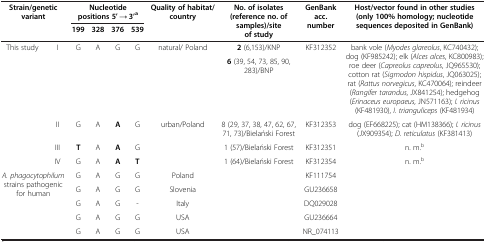
<table><thead><tr><td rowspan="2" colspan="2"><b>Strain/genetic variant</b></td><td colspan="4"><b>Nucleotide positions 5’ → 3’<sup>a</sup></b></td><td rowspan="2"><b>Quality of habitat/country</b></td><td rowspan="2"><b>No. of isolates (reference no. of samples)/site of study</b></td><td rowspan="2"><b>GenBank acc. number</b></td><td rowspan="2"><b>Host/vector found in other studies (only 100% homology; nucleotide sequences deposited in GenBank)</b></td></tr><tr><td><b>199</b></td><td><b>328</b></td><td><b>376</b></td><td><b>539</b></td></tr></thead><tbody><tr><td rowspan="5">This study</td><td rowspan="2">I</td><td rowspan="2">G</td><td rowspan="2">A</td><td rowspan="2">G</td><td rowspan="2">G</td><td rowspan="2">natural/ Poland</td><td><b>2</b> (6,153)/KNP</td><td rowspan="2">KF312352</td><td rowspan="2">bank vole (<i>Myodes glareolus</i>, KC740432); dog (KF985242); elk (<i>Alces alces</i>, KC800983); roe deer (<i>Capreolus capreolus</i>, JQ965530); cotton rat (<i>Sigmodon hispidus</i>, JQ063025); rat (<i>Rattus norvegicus</i>, KC470064); reindeer (<i>Rangifer tarandus</i>, JX841254); hedgehog (<i>Erinaceus europaeus</i>, JN571163); <i>I. ricinus</i> (KF481930), <i>I. trianguliceps</i> (KF481934)</td></tr><tr><td><b>6</b> (39, 54, 73, 85, 90, 283)/BNP</td></tr><tr><td>II</td><td>G</td><td>A</td><td><b>A</b></td><td>G</td><td rowspan="3">urban/Poland</td><td>8 (29, 37, 38, 47, 62, 67, 71, 73)/Bielański Forest</td><td>KF312353</td><td>dog (EF668225); cat (HM138366); <i>I. ricinus</i> (JX909354); <i>D. reticulatus</i> (KF381413)</td></tr><tr><td>III</td><td><b>T</b></td><td>A</td><td><b>A</b></td><td>G</td><td>1 (57)/Bielański Forest</td><td>KF312351</td><td>n. m.<sup>b</sup></td></tr><tr><td>IV</td><td>G</td><td>A</td><td><b>A</b></td><td><b>T</b></td><td>1 (64)/Bielański Forest</td><td>KF312354</td><td>n. m.<sup>b</sup></td></tr><tr><td rowspan="5" colspan="2"><i>A. phagocytophilum</i> strains pathogenic for human</td><td>G</td><td>A</td><td>G</td><td>G</td><td>Poland</td><td rowspan="5"> </td><td>KF111754</td><td rowspan="5"> </td></tr><tr><td>G</td><td>A</td><td>G</td><td>G</td><td>Slovenia</td><td>GU236658</td></tr><tr><td>G</td><td>A</td><td>G</td><td>-</td><td>Italy</td><td>DQ029028</td></tr><tr><td>G</td><td>A</td><td>G</td><td>G</td><td>USA</td><td>GU236664</td></tr><tr><td>G</td><td>A</td><td>G</td><td>G</td><td>USA</td><td>NR_074113</td></tr></tbody></table>